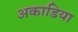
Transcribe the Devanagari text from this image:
अकाडिया